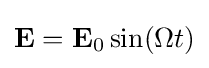
\mathbf {E} =\mathbf {E} _{0}\sin(\Omega t)